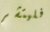
فليتشر